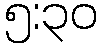
၅:၃၀